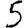
Digit: 5